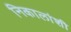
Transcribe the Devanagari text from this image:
निकालांशी